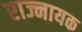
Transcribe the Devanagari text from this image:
राज्नायक